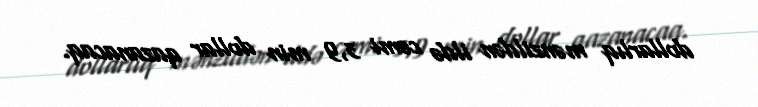
dollarlıq mənzildən ildə cəmi 3,9 min dollar qazanacaq.